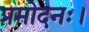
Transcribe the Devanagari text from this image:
प्रमोदनः।